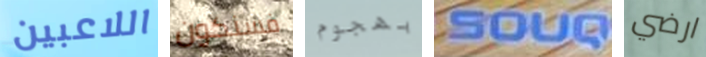
اللاعبين فسنكون بهجوم SOUQ ارضي